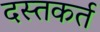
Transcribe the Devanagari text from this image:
दस्तकर्त